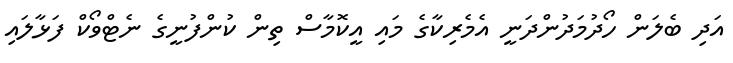
އަދި ބެލަން ހޯދުމަދުންދަނީ އެމެރިކާގެ މައި އީކޮމާސް ތިން ކުންފުނީގެ ނެޓްވޯކް ފަޅާލައި